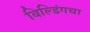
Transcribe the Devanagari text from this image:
बिल्डिंगचा